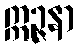
ဣဉ္ဇနာ